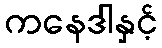
ကနေဒါနှင့်